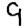
Digit: 9